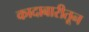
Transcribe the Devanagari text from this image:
कादाबारीतून